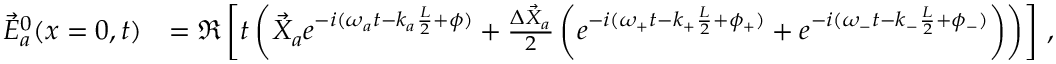
\begin{array} { r l } { \vec { E } _ { a } ^ { 0 } ( x = 0 , t ) } & { = \Re \left[ t \left( \vec { X } _ { a } e ^ { - i ( \omega _ { a } t - k _ { a } \frac { L } { 2 } + \phi ) } + \frac { \Delta \vec { X } _ { a } } { 2 } \left( e ^ { - i ( \omega _ { + } t - k _ { + } \frac { L } { 2 } + \phi _ { + } ) } + e ^ { - i ( \omega _ { - } t - k _ { - } \frac { L } { 2 } + \phi _ { - } ) } \right) \right) \right] \, , } \end{array}